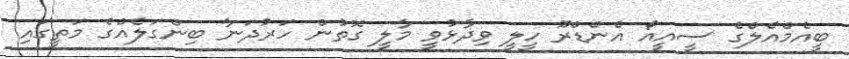
ބީއެމްއެލްގެ ސީއީއޯ އެންޑްރޫ ހީލީ ވިދާޅުވީ މާލީ ގޮތުން ހަރުދަނާ ބިންގަލެއްގެ މަތީގައި